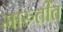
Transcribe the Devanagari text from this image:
मारुतींत